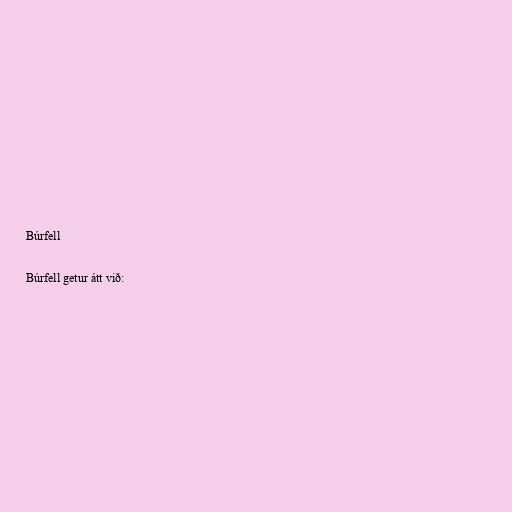
Búrfell

Búrfell getur átt við: